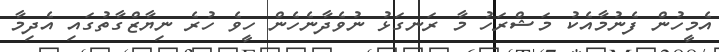
އެމީހުން ފެނުމާއެކު މަޝްރަހު މާ ރަނގަޅު ނުވެދާނެހެން ހީވެ ހުރެ ނިޔާޒްގާތުގައި އެދިމާ